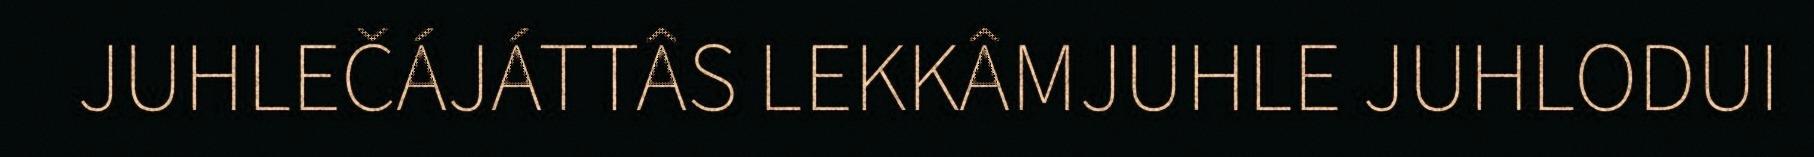
JUHLEČÁJÁTTÂS LEKKÂMJUHLE JUHLODUI